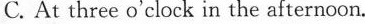
C. At three o'clock in the afternoon.